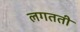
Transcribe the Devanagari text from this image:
लगतती